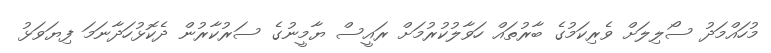
މުހައްމަދު ސޯލިލަށް ވެރިކަމުގެ ބާރުތައް ހަވާލުކުރުމަށް ރައީސް ޔާމީނުގެ ސަރުކާރުން ދެކޮޅުހަދާނަމަ ފިޔަވަޅު